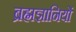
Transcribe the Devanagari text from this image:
ब्रह्मज्ञानियों